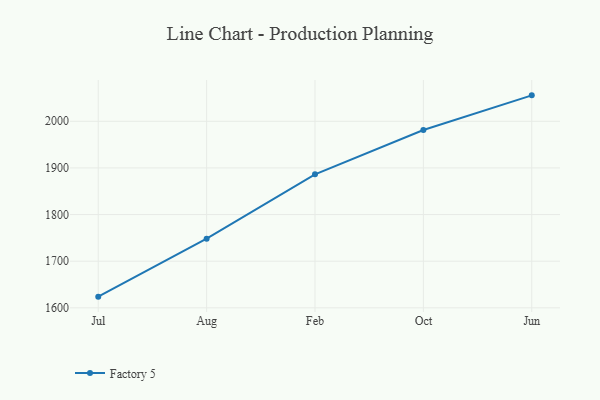
{"axis": {"x": "Month", "y": "Production Output"}, "legend": ["Factory 5"], "data": [{"x": "Jul", "y": 1624.0, "type": "Factory 5"}, {"x": "Aug", "y": 1748.3, "type": "Factory 5"}, {"x": "Feb", "y": 1886.2, "type": "Factory 5"}, {"x": "Oct", "y": 1981.2, "type": "Factory 5"}, {"x": "Jun", "y": 2055.6, "type": "Factory 5"}]}